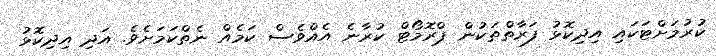
ކުރުމަށްޓަކައި އިދިކޮޅު ފަރާތްތަކުން ޕްރޮމޯޓް ކުރާނެ އެއްވެސް ކަމެއް ނެތްކަމަށެވެ. އަދި އިދިކޮޅު